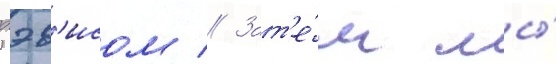
дэв'исом // Зат'е́м мы́